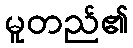
မူတည်၏